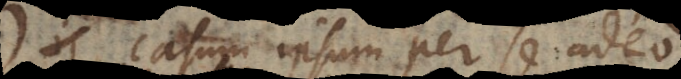
casum ipsum per se adeo